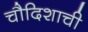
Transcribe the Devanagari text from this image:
चौदिशाची